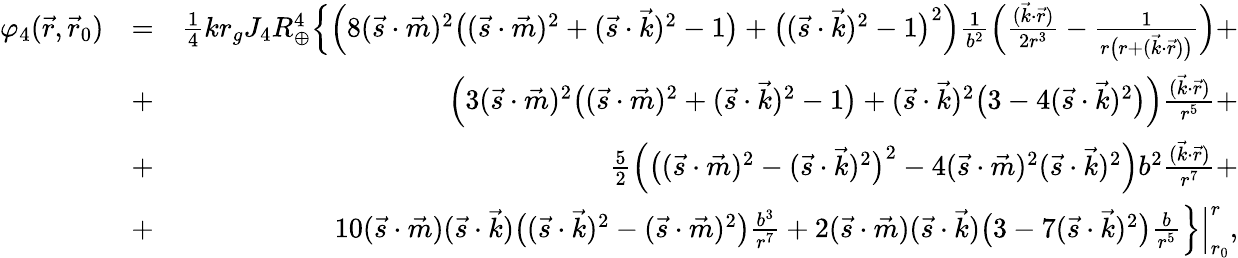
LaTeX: \begin{array}{rlr}{\varphi_{4}(\vec{r},\vec{r}_{0})}&{=}&{{\textstyle\frac{1}{4}}kr_{g}J_{4}R_{\oplus}^{4}\Big\{ \Big(8(\vec{s}\cdot\vec{m})^{2}\big(({\vec{s}}\cdot{\vec{m}})^{2}+({\vec{s}}\cdot{\vec{k}})^{2}-1\big)+\big(({\vec{s}}\cdot{\vec{k}})^{2}-1\big)^{2}\Big)\frac{1}{b^{2}}\Big(\frac{(\vec{k}\cdot\vec{r})}{2r^{3}}-\frac{1}{r\big(r+({\vec{k}}\cdot{\vec{r}})\big)}\Big)+}\\ &{+}&{\Big(3(\vec{s}\cdot\vec{m})^{2}\big(({\vec{s}}\cdot{\vec{m}})^{2}+({\vec{s}}\cdot{\vec{k}})^{2}-1\big)+({\vec{s}}\cdot{\vec{k}})^{2}\big(3-4({\vec{s}}\cdot{\vec{k}})^{2}\big)\Big)\frac{(\vec{k}\cdot\vec{r})}{r^{5}}+}\\ &{+}&{{\textstyle\frac{5}{2}}\Big(\big(({\vec{s}}\cdot{\vec{m}})^{2}-({\vec{s}}\cdot{\vec{k}})^{2}\big)^{2}-4({\vec{s}}\cdot{\vec{m}})^{2}({\vec{s}}\cdot{\vec{k}})^{2}\Big)b^{2}\frac{(\vec{k}\cdot\vec{r})}{r^{7}}+}\\ &{+}&{10({\vec{s}}\cdot{\vec{m}})({\vec{s}}\cdot{\vec{k}})\big(({\vec{s}}\cdot{\vec{k}})^{2}-({\vec{s}}\cdot{\vec{m}})^{2}\big)\frac{b^{3}}{r^{7}}+2({\vec{s}}\cdot{\vec{m}})({\vec{s}}\cdot{\vec{k}})\big(3-7({\vec{s}}\cdot{\vec{k}})^{2}\big)\frac{b}{r^{5}}\Big\} \Big|_{r_{0}}^{r},}\end{array}